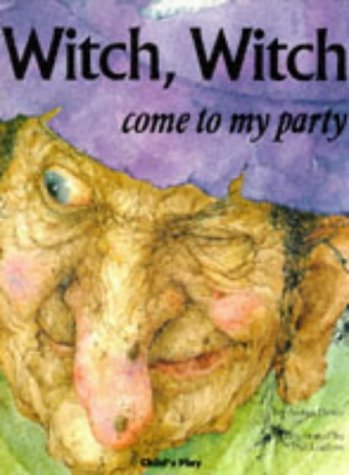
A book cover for Witch, Witch ...: Please Come to My Party (Child's Play Library); Arden Druce; Children's Books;